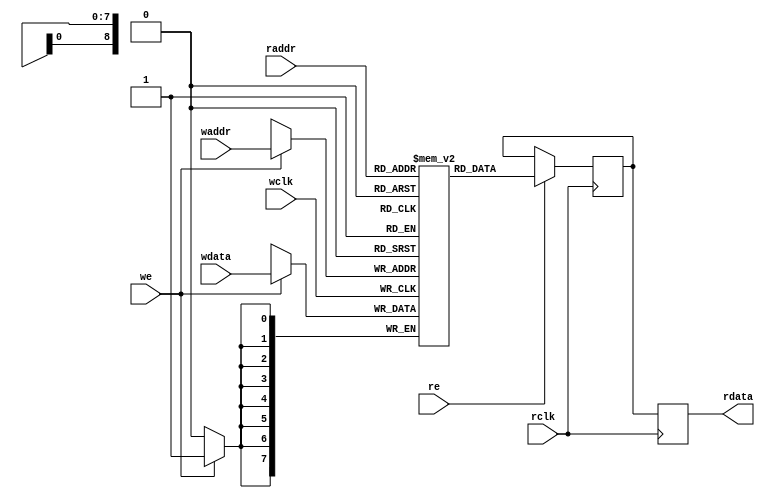
`timescale 10ns/100ps

/////////////////////////////////////////////////////////////////////////////
//
// Copyright (C) 2013-2018 Efinix Inc. All rights reserved.
//
// Single RAM block
//
// *******************************
// Revisions:
// 0.0 Initial rev
// 0.1 Added output register
// 1.0 Finalized RTL macro
// *******************************

module dpram
#(
	parameter DATA_WIDTH	= 8,
	parameter ADDR_WIDTH	= 9,
	parameter OUTPUT_REG	= "TRUE",
	parameter RAM_INIT_FILE	= ""
)
(
	input [(DATA_WIDTH-1):0] wdata,
	input [(ADDR_WIDTH-1):0] waddr, raddr,
	input we, wclk, re, rclk,
	output [(DATA_WIDTH-1):0] rdata
);

	localparam MEMORY_DEPTH = 2**ADDR_WIDTH;
	localparam MAX_DATA = (1<<ADDR_WIDTH)-1;
	
	reg [DATA_WIDTH-1:0] ram[0:MEMORY_DEPTH-1];
	reg [DATA_WIDTH-1:0] r_rdata_1P;
	reg [DATA_WIDTH-1:0] r_rdata_2P;
	
	integer i;
	initial
	begin
	// By default the Efinix memory will initialize to 0
		if (RAM_INIT_FILE != "")
		begin
			$readmemh(RAM_INIT_FILE, ram);
		end
	end
	
	always @ (posedge wclk)
		if (we)
		ram[waddr] <= wdata;
	
	always @ (posedge rclk)
	begin
		if (re)
			r_rdata_1P <= ram[raddr];
		r_rdata_2P <= r_rdata_1P;
	end
	
	generate
		if (OUTPUT_REG == "TRUE")
			assign	rdata = r_rdata_2P;
		else
			assign	rdata = r_rdata_1P;
	endgenerate

endmodule